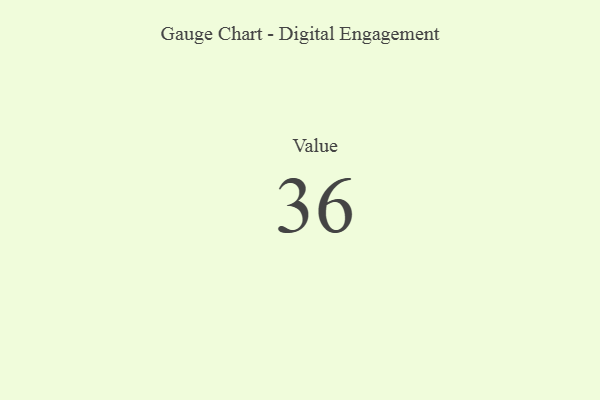
{"axis": {"x": "Metric", "y": "Value"}, "legend": [""], "data": [{"x": "Value", "y": 36, "type": ""}]}